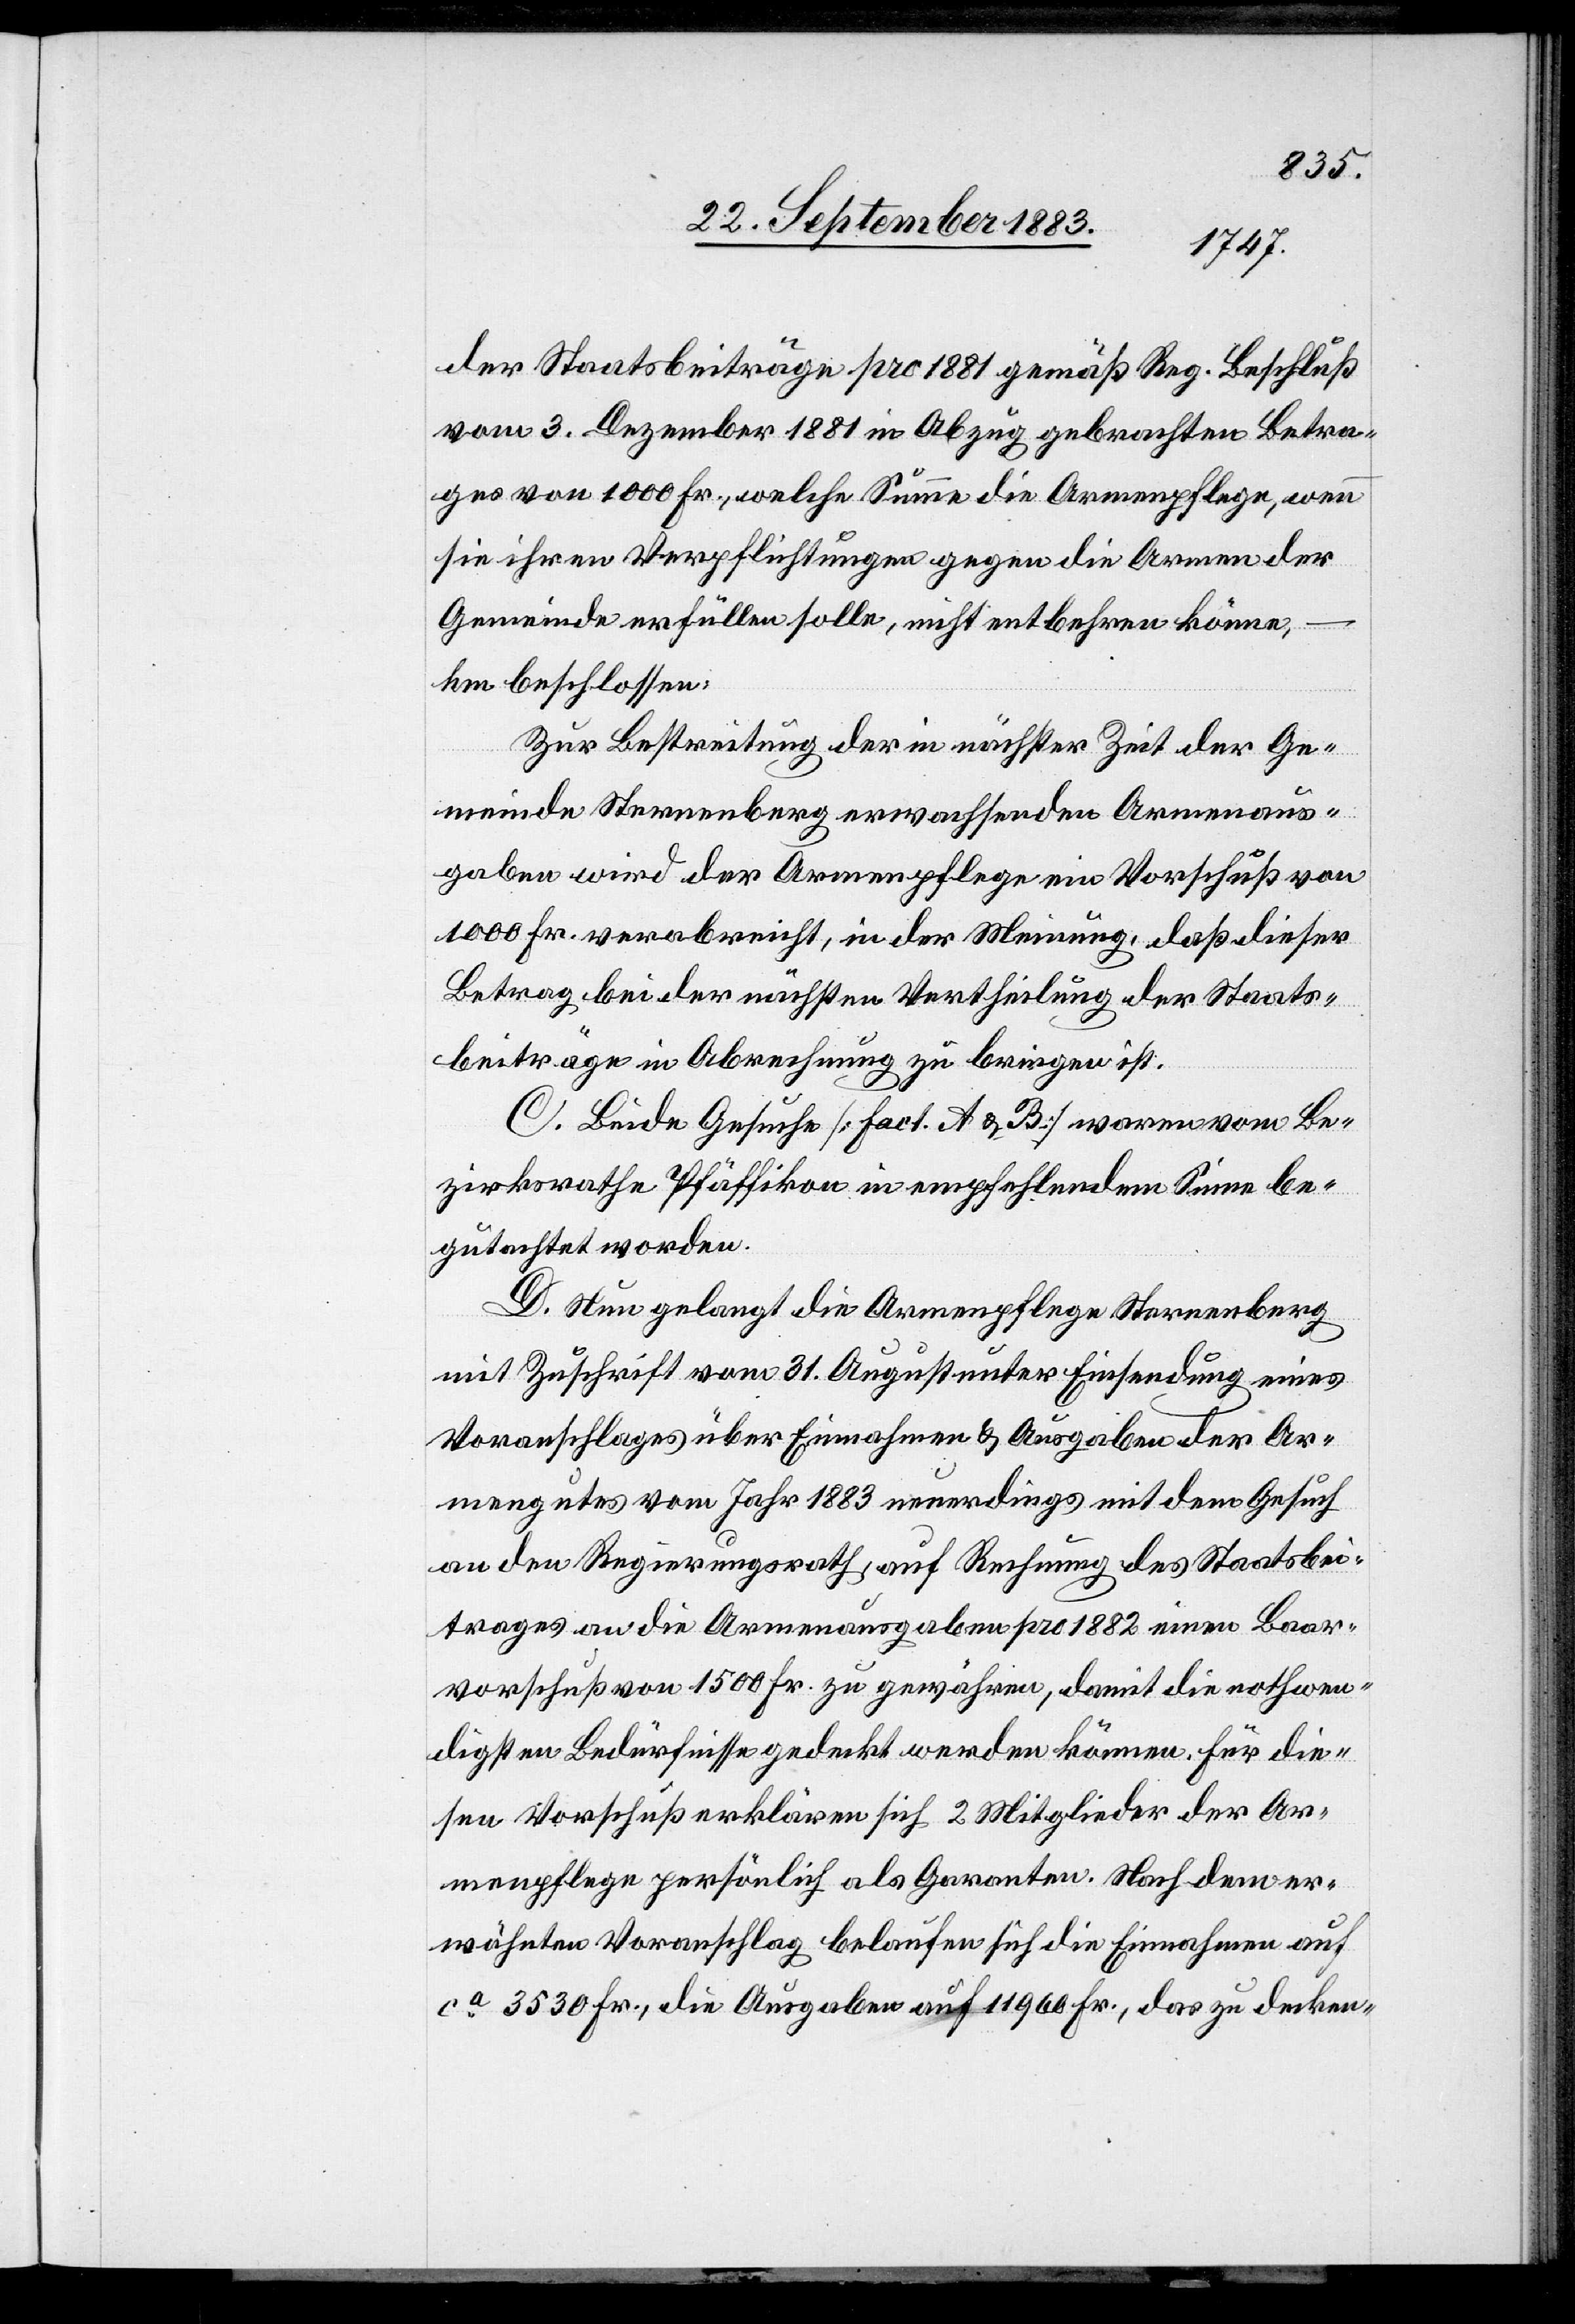
der Staatsbeiträge pro 1881 gemäß Reg. Beschluß
vom 3. Dezember 1881 in Abzug gebrachten Betra¬
ges von 1000 Fr., welche Summe die Armenpflege, wenn
sie ihren [sic!] Verpflichtungen gegen die Armen der
Gemeinde erfüllen solle, nicht entbehren könne,
beschlossen:
Zur Bestreitung der in nächster Zeit der Ge¬
meinde Sternenberg erwachsenden Armenaus¬
gaben wird der Armenpflege ein Vorschuß von
1000 Fr. verabreicht, in der Meinung, daß dieser
Betrag bei der nächsten Vertheilung der Staats¬
beiträge in Abrechnung zu bringen ist.
C. Beide Gesuche [Fact. A & B] waren vom Be¬
zirksrathe Pfäffikon in empfehlendem Sinne be¬
gutachtet worden.
D. Nun gelangt die Armenpflege Sternenberg
mit Zuschrift vom 31. August unter Einsendung eines
Voranschlages über Einnahmen & Ausgaben der
Armengutes vom Jahr 1883 neuerdings mit dem Gesuch
an den Regierungsrath, auf Rechnung des Staatsbei¬
trages an die Armenausgaben pro 1882 einen Baar¬
vorschuß von 1500 Fr. zu gewähren, damit die nothwen¬
digsten Bedürfnisse gedeckt werden können. Für die¬
sen Vorschuß erklären sich 2 Mitglieder der Ar¬
menpflege persönlich als Garanten. Nach dem er¬
wähnten Voranschlag belaufen sich die Einnahmen auf
ca 3530 Fr., die Ausgaben auf 11,960 Fr., das zu decken-